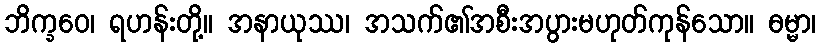
ဘိက္ခဝေ၊ ရဟန်းတို့။ အနာယုဿ၊ အသက်၏အစီးအပွားမဟုတ်ကုန်သော။ ဓမ္မာ၊